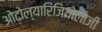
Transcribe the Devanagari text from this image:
ओटोल्यारिंजियोलोजी